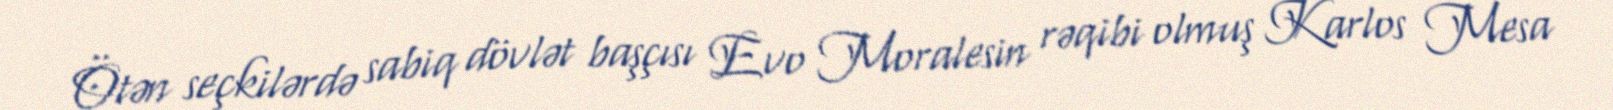
Ötən seçkilərdə sabiq dövlət başçısı Evo Moralesin rəqibi olmuş Karlos Mesa